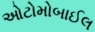
ઓટોમોબાઈલ